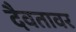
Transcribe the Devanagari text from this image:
दैवतावर